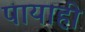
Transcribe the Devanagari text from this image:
पायाही